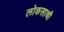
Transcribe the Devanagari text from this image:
लोकसाथी